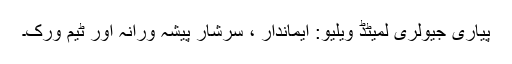
پیاری جیولری لمیٹڈ ویلیو: ایماندار ، سرشار پیشہ ورانہ اور ٹیم ورک۔